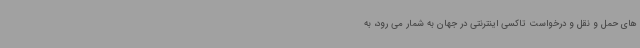
های حمل و نقل و درخواست تاکسی اینترنتی در جهان به شمار می رود، به